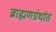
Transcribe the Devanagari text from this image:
ब्राह्मणग्रंथांत